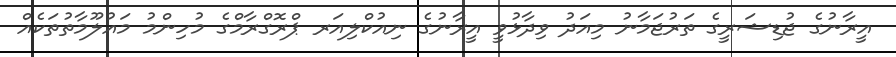
އީރާނުގެ ޖުޑިޝަރީގެ ތަރުޖަމާނު މިއަދު ވިދާޅުވީ އީރާނުގެ ނިއުކްލިއަރ ޕްރޮގްރާމްގެ މުހިންމު މައުލޫމާތުތަކެއް